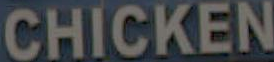
CHICKEN